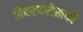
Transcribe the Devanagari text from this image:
विवरणलेखकों